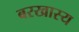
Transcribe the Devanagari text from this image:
बरखास्य